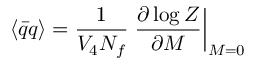
\langle \bar { q } q \rangle = \frac { 1 } { V _ { 4 } N _ { f } } \left. \frac { \partial \log Z } { \partial M } \right| _ { M = 0 }